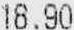
18.90